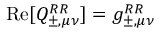
\operatorname { R e } [ Q _ { \pm , \mu \nu } ^ { R R } ] = g _ { \pm , \mu \nu } ^ { R R }